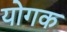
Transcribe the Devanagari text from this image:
योगक